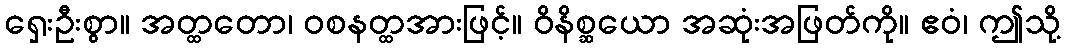
ရှေးဦးစွာ။ အတ္ထတော၊ ဝစနတ္ထအားဖြင့်။ ဝိနိစ္ဆယော အဆုံးအဖြတ်ကို။ ဧဝံ၊ ဤသို့